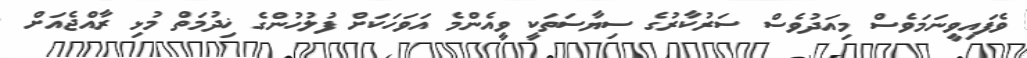
ވެފައިވީނަމަވެސް މިއަދުވެސް ސަރުކާރުގެ ސިޔާސަތަކީ ވީއެންމެ އަވަހަކަށް ފުލުހުންގެ ޚިދުމަތް މުޅި ރާއްޖެއަށް